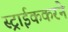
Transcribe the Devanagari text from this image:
स्ट्राईककरने